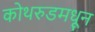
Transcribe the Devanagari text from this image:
कोथरुडमधून